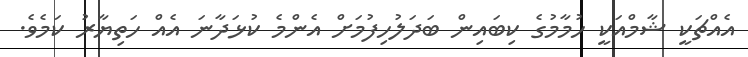
އެއްޗަކީ ޝާމްއަކީ ހުމާމުގެ ކިބައިން ބަދަލުހިފުމަށް އެންމެ ކުޅަދާނަ އެއް ހަތިޔާރު ކަމެވެ.